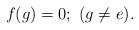
LaTeX: \begin{align*}f(g)=0; \ (g\ne e).\end{align*}